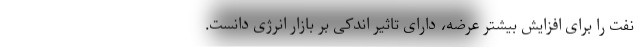
نفت را برای افزایش بیشتر عرضه، دارای تاثیر اندکی بر بازار انرژی دانست.